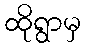
ထိုရွာမှ